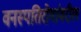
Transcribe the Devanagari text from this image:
वनस्पतिरोगांवरील